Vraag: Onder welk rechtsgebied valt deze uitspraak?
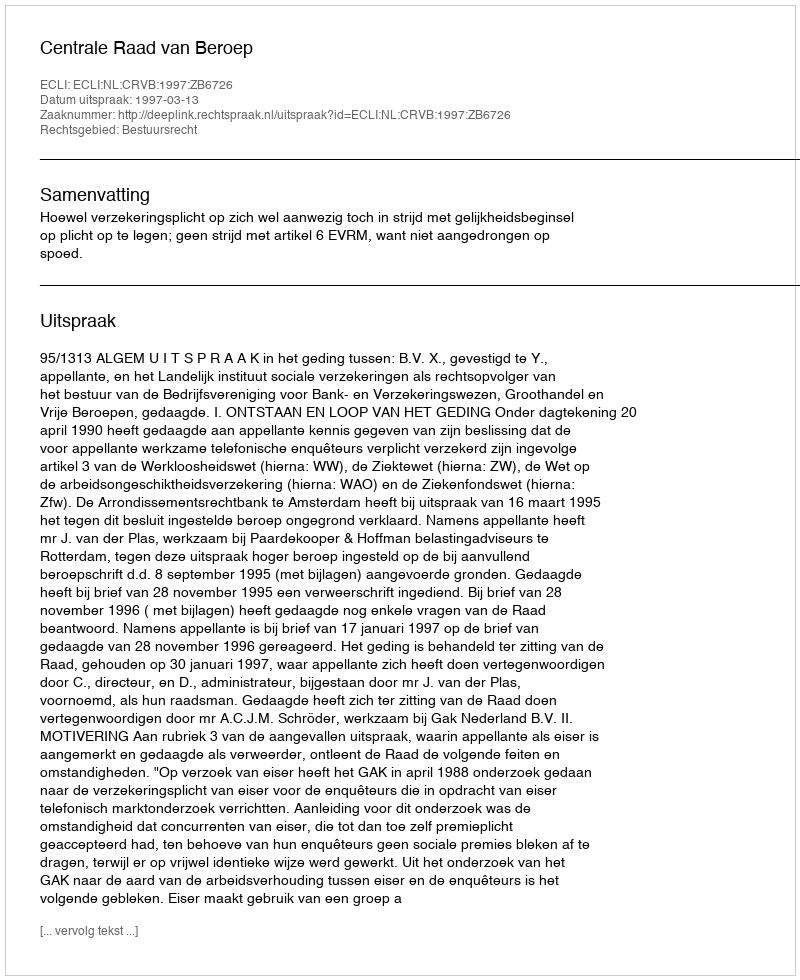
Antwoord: Bestuursrecht